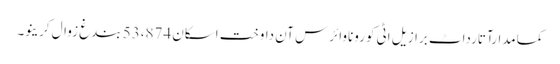
کمامدارآتارداٹ برازیل اٹی کوروناوائرس آن داوخت اسکان 53،874 بندغ زوال کرینو۔